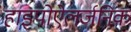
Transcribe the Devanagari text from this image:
हाइपोऐलर्जनिक